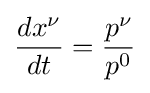
{\frac {dx^{\nu }}{dt}}={\frac {p^{\nu }}{p^{0}}}